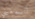
أتسمعيني